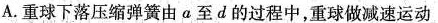
A.重球下落压缩弹簧由a至d的过程中，重球做减速运动